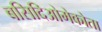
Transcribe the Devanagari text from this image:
बसिदिओमेकोता